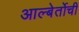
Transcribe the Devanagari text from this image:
आल्बेर्तोची